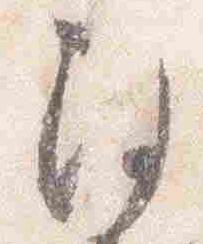
注